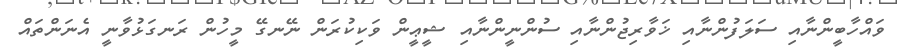
ވައްހާބީންނާއި ސަލަފުންނާއި ޚަވާރިޖުންނާއި ސުންނީންނާއި ޝީޢީން ވަކިކުރަން ނޭނގޭ މީހުން ރަނގަޅުވާނީ އެނަންތައް